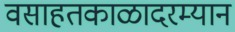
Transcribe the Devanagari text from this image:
वसाहतकाळादरम्यान